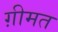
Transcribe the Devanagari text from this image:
ग़ीमत